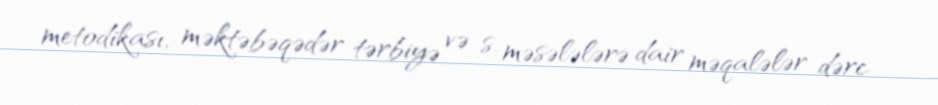
metodikası, məktəbəqədər tərbiyə və s. məsələlərə dair məqalələr dərc